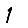
Digit: 1